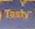
tasty